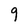
Character: 9